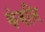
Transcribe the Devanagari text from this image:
कंबलि